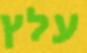
עלץ